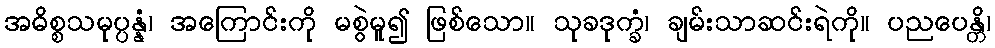
အဓိစ္စသမုပ္ပန္နံ၊ အကြောင်းကို မစွဲမူ၍ ဖြစ်သော။ သုခဒုက္ခံ၊ ချမ်းသာဆင်းရဲကို။ ပညပေန္တိ၊